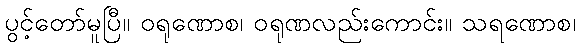
ပွင့်တော်မူပြီ။ ဝရုဏောစ၊ ဝရုဏလည်းကောင်း။ သရဏောစ၊